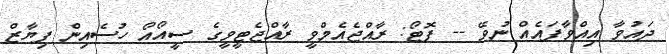
ދައުވާ އިއްވާފައެއް ނުވޭ -- ފޮޓޯ: ރާއްޖެއެމްވީ ރާއްޖެޓީވީގެ ސީއޯއޯ ހުސެއިން ފިޔާޒް